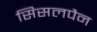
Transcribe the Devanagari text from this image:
सिसलपैन